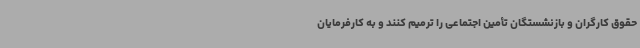
حقوق کارگران و بازنشستگان تأمین اجتماعی را ترمیم کنند و به کارفرمایان